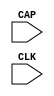
///////////////////////////////////////////////////////////////////////////////
// Copyright (c) 1995/2004 Xilinx, Inc.
// All Right Reserved.
///////////////////////////////////////////////////////////////////////////////
//   ____  ____
//  /   /\/   /
// /___/  \  /    Vendor : Xilinx
// \   \   \/     Version : 10.1
//  \   \         Description : Xilinx Functional Simulation Library Component
//  /   /                  Register State Capture for Bitstream Readback for VIRTEX5
// /___/   /\     Filename : CAPTURE_VIRTEX5.v
// \   \  /  \    Timestamp : Thu Jul 21 13:42:30 PDT 2005
//  \___\/\___\
//
// Revision:
//    07/21/05 - Initial version.
// End Revision

`timescale 1 ps / 1 ps 

module CAPTURE_VIRTEX5 (
	CAP,
	CLK
);

input CAP;
input CLK;

parameter ONESHOT = "TRUE";

specify
	specparam PATHPULSE$ = 0;
endspecify

endmodule